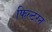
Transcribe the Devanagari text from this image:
फिल्टरन